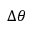
\Delta \theta